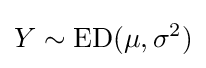
Y\sim \mathrm {ED} (\mu ,\sigma ^{2})